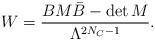
LaTeX: \begin{align*} W=\frac{B M \bar{B} - \det M}{\Lambda^{2 N_C -1}}.\end{align*}